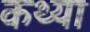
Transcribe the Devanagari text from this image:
कथ्या